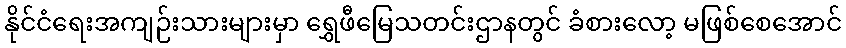
နိုင်ငံရေးအကျဉ်းသားများမှာ ရွှေဖီမြေသတင်းဌာနတွင် ခံစားလော့ မဖြစ်စေအောင်